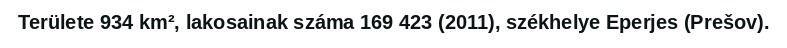
Területe 934 km², lakosainak száma 169 423 (2011), székhelye Eperjes (Prešov).